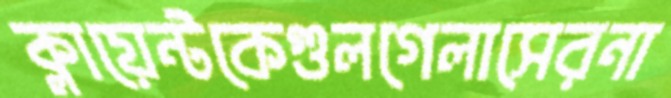
ক্লায়েন্টকেগুলগেলাসেরনা